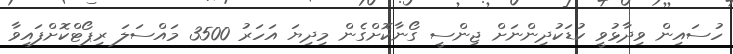
ހުސައިން ވިދާޅުވީ ކުޑަކުދިންނަށް ޖިންސީ ގޯނާކޮށްގެން މިދިޔަ އަހަރު 3500 މައްސަލަ ރިޕޯޓްކޮށްފައިވާ